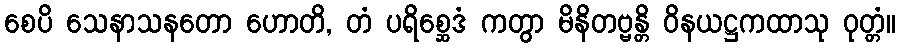
စေပိ သေနာသနတော ဟောတိ, တံ ပရိစ္ဆေဒံ ကတွာ မိနိတဗ္ဗန္တိ ဝိနယဋ္ဌကထာသု ဝုတ္တံ။